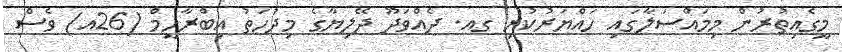
މީގެއިތުރުން މިމައްސަލާގައި ހައްޔަރުކުރި ގއ. ދެއްވަދޫ ދޭލިޔާގެ މިދުހަތު އިބްރާހީމް (26އ) ވެސް